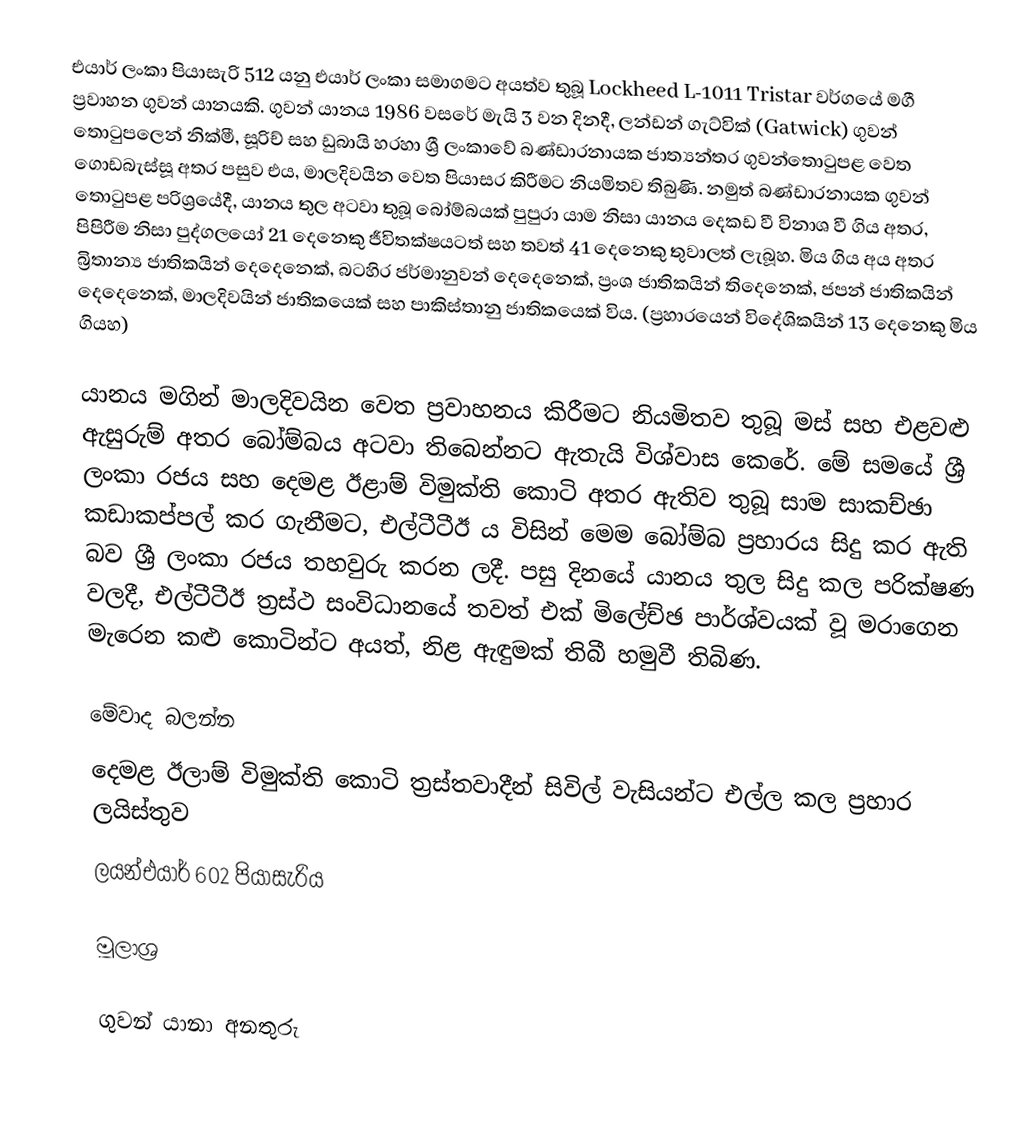
එයාර් ලංකා පියාසැරි 512 යනු එයාර් ලංකා සමාගමට අයත්ව තුබූ Lockheed L-1011 Tristar වර්ගයේ මගී ප්‍රවාහන ගුවන් යානයකි. ගුවන් යානය 1986 වසරේ මැයි 3 වන දිනදී, ලන්ඩන් ගැට්වික් (Gatwick) ගුවන් තොටුපලෙන් නික්මී, සූරිච් සහ ඩුබායි හරහා ශ්‍රී ලංකාවේ බණ්ඩාරනායක ජාත්‍යන්තර ගුවන්තොටුපළ වෙත ගොඩබැස්සූ අතර පසුව එය, මාලදිවයින වෙත පියාසර කිරීමට නියමිතව තිබුණි. නමුත් බණ්ඩාරනායක ගුවන් තොටුපළ පරිශ්‍රයේදී, යානය තුල අටවා තුබූ බෝම්බයක් පුපුරා යාම නිසා යානය දෙකඩ වී විනාශ වී ගිය අතර, පිපිරීම නිසා පුද්ගලයෝ 21 දෙනෙකු ජීවිතක්ෂයටත් සහ තවත් 41 දෙනෙකු තුවාලත් ලැබූහ. මිය ගිය අය අතර බ්‍රිතාන්‍ය ජාතිකයින් දෙදෙනෙක්, බටහිර ජර්මානුවන් දෙදෙනෙක්, ප්‍රංශ ජාතිකයින් තිදෙනෙක්, ජපන් ජාතිකයින් දෙදෙනෙක්, මාලදිවයින් ජාතිකයෙක් සහ පාකිස්තානු ජාතිකයෙක් විය. (ප්‍රහාරයෙන් විදේශිකයින් 13 දෙනෙකු මිය ගියහ)

යානය මගින් මාලදිවයින වෙත ප්‍රවාහනය කිරීමට නියමිතව තුබූ මස් සහ එළවළු ඇසුරුම් අතර බෝම්බය අටවා තිබෙන්නට ඇතැයි විශ්වාස කෙරේ. මේ සමයේ ශ්‍රී ලංකා රජය සහ දෙමළ ඊළාම් විමුක්ති කොටි අතර ඇතිව තුබූ සාම සාකච්ඡා කඩාකප්පල් කර ගැනීමට, එල්ටීටීඊ ය විසින් මෙම බෝම්බ ප්‍රහාරය සිදු කර ඇති බව  ශ්‍රී ලංකා රජය තහවුරු කරන ලදී. පසු දිනයේ යානය තුල සිදු කල පරික්ෂණ වලදී, එල්ටීටීඊ ත්‍රස්ථ සංවිධානයේ තවත් එක් මිලේච්ඡ පාර්ශ්වයක් වූ මරාගෙන මැරෙන කළු කොටින්ට අයත්, නිළ ඇඳුමක් තිබී හමුවී තිබිණ.

මේවාද බලන්න
 දෙමළ ඊලාම් විමුක්ති කොටි ත්‍රස්තවාදීන් සිවිල් වැසියන්ට එල්ල කල ප්‍රහාර ලයිස්තුව
 ලයන්එයාර් 602 පියාසැරිය

මූලාශ්‍ර

ගුවන් යානා අනතුරු